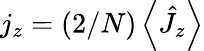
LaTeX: j_{z}=(2/N)\left\langle\hat{J}_{z}\right\rangle